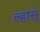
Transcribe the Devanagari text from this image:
ल्हासूं